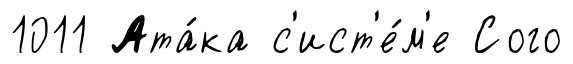
1011 Ата́ка с'ист'е́м'е Сого